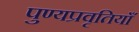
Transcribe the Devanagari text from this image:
पुण्यप्रवृतियाँ